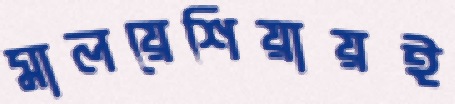
মালয়েশিয়ায়ই